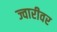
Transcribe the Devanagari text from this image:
ज्वारीवर